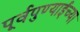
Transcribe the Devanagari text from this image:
पूर्वपुण्याईच्या